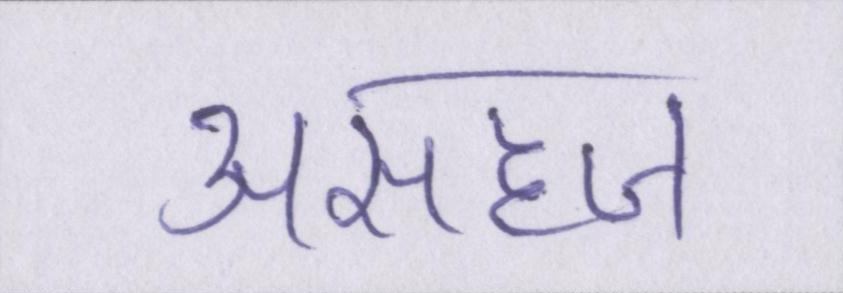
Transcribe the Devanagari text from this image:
असहज